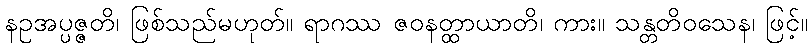
နဥအပ္ပဇ္ဇတိ၊ ဖြစ်သည်မဟုတ်။ ရာဂဿ ဇဝနတ္ထာယာတိ၊ ကား။ သန္တတိဝသေန၊ ဖြင့်။